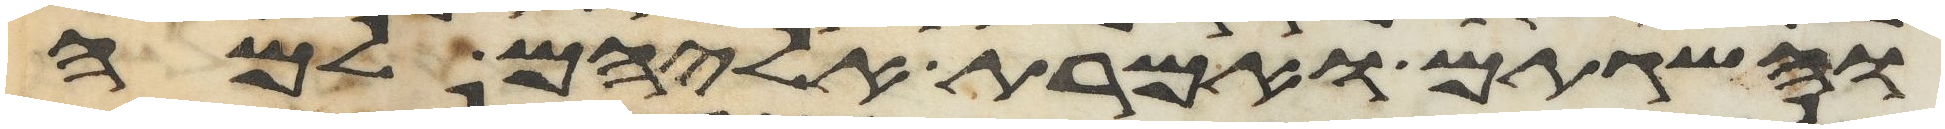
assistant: והשגתם ואמרת אליהם למה